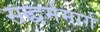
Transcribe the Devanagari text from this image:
सद्धर्ममार्ग